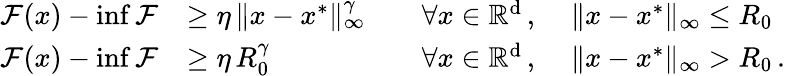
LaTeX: \begin{array}{rlrl}{\mathcal{F}(x)-\operatorname*{inf}\mathcal{F}}&{\geq\eta\, \| x-x^{*}\| _{\infty}^{\gamma}\quad}&{\forall x\in\mathbb R^{\textup{d}}\, ,\; }&{\| x-x^{*}\| _{\infty}\leq R_{0}}\\ {\mathcal{F}(x)-\operatorname*{inf}\mathcal{F}}&{\geq\eta\, R_{0}^{\gamma}\quad}&{\forall x\in\mathbb R^{\textup{d}}\, ,\; }&{\| x-x^{*}\| _{\infty}>R_{0}\, .}\end{array}